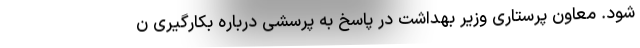
شود. معاون پرستاری وزیر بهداشت در پاسخ به پرسشی درباره بکارگیری ن